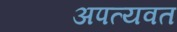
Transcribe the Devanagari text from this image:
अपत्यवत